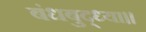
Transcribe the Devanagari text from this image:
बंधबुद्ध्या।।